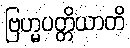
ဗြဟ္မပတ္တိယာတိ